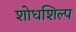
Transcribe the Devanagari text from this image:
शोधशिल्प